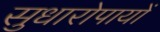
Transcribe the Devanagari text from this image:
सुधारोपायों